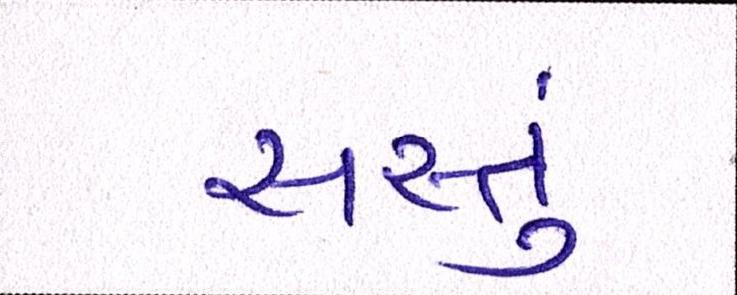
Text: સસ્તું